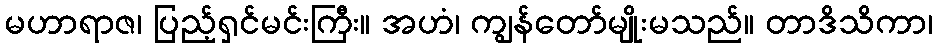
မဟာရာဇ၊ ပြည့်ရှင်မင်းကြီး။ အဟံ၊ ကျွန်တော်မျိုးမသည်။ တာဒိသိကာ၊